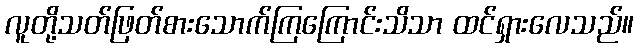
လူတို့သတ်ဖြတ်စားသောက်ကြကြောင်းသိသာ ထင်ရှားလေသည်။